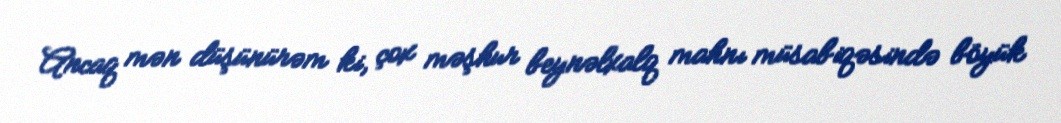
Ancaq mən düşünürəm ki, çox məşhur beynəlxalq mahnı müsabiqəsində böyük